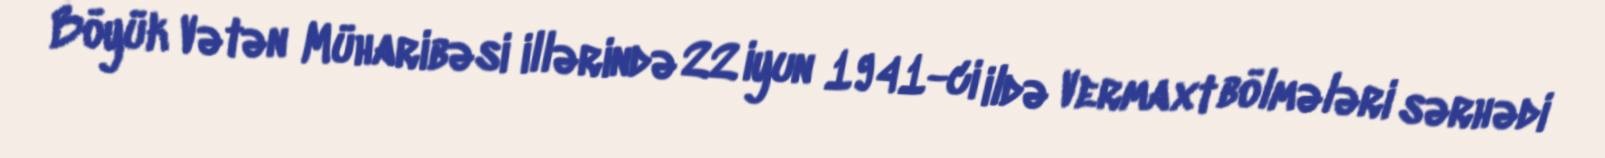
Böyük Vətən Müharibəsi illərində 22 iyun 1941-ci ildə Vermaxt bölmələri sərhədi